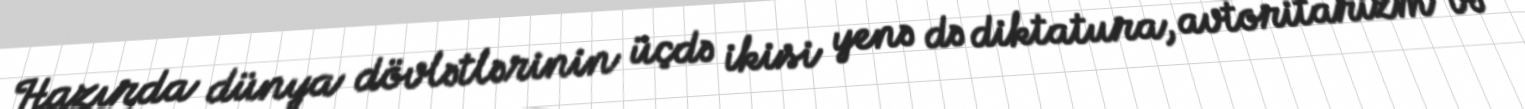
Hazırda dünya dövlətlərinin üçdə ikisi yenə də diktatura, avtoritarizm və